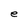
Character: e